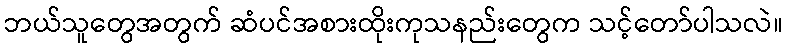
ဘယ်သူတွေအတွက် ဆံပင်အစားထိုးကုသနည်းတွေက သင့်တော်ပါသလဲ။